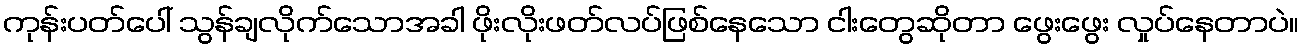
ကုန်းပတ်ပေါ် သွန်ချလိုက်သောအခါ ဖိုးလိုးဖတ်လပ်ဖြစ်နေသော ငါးတွေဆိုတာ ဖွေးဖွေး လှုပ်နေတာပဲ။